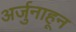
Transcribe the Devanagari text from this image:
अर्जुनाहून